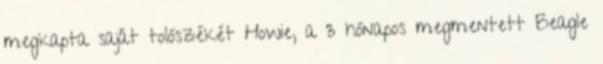
megkapta saját tolószékét Howie, a 3 hónapos megmentett Beagle